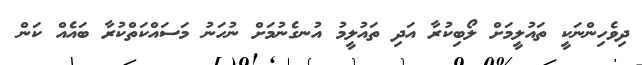
ދިވެހިންނަކީ ތައުލީމަަށް ލޯބިކުރާ އަދި ތައުލީމު އުނގެނުމަށް ނުހަނު މަސައްކަތްކުރާ ބައެއް ކަން